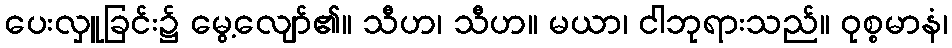
ပေးလှူခြင်း၌ မွေ့လျော်၏။ သီဟ၊ သီဟ။ မယာ၊ ငါဘုရားသည်။ ဝုစ္စမာနံ၊